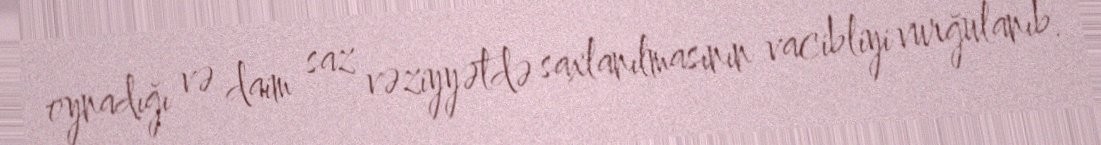
oynadığı və daim saz vəziyyətdə saxlanılmasının vacibliyi vurğulanıb.